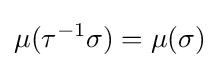
\mu (\tau ^{-1}\sigma )=\mu (\sigma )